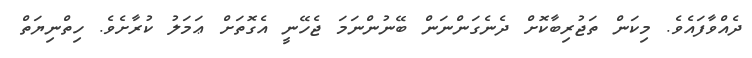
ދެއްވާފައެވެ. މިކަން ތަޖުރިބާކޮށް ދެނެގަންނަން ބޭނުންނަމަ ޖެހޭނީ އެގޮތަށް ޢަމަލު ކުރާށެވެ. ހިތްނިޔަތް